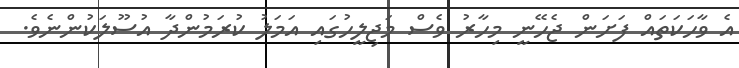
އެ ވާހަކަތައް ފަށަން ޖެހޭނީ މިހާރު ވެސް މަޖިލީހުގައި އަމަލު ކުރަމުންދާ އުސޫލަކުންނެވެ.